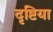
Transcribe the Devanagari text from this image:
दृष्टिया